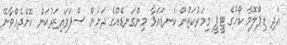
އަދި ޑިޕްލޮމާ ކޯހުގެ ޓީޕީ މިމަރުކަޒުން ކަނޑައަޅާ މިންގަނޑެއްގެ ދަށުން ސްޕަވައިޒަރުކަން ކޮށްދެއްވާނޭ